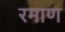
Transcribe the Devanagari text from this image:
रमाण